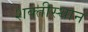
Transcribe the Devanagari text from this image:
शक्तीस्थान